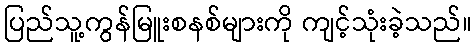
ပြည်သူ့ကွန်မြူးစနစ်များကို ကျင့်သုံးခဲ့သည်။